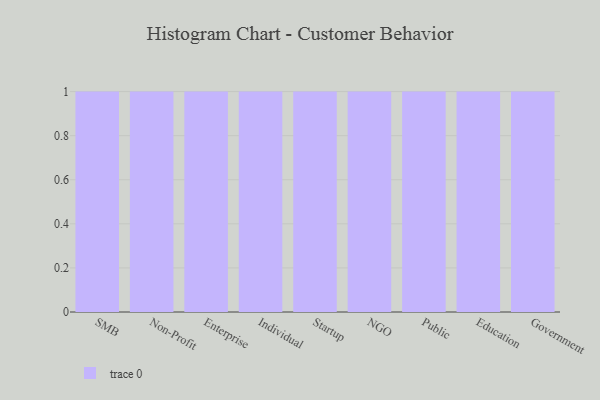
{"axis": {"x": "Segment", "y": "Budget (USD K)"}, "legend": [""], "data": [{"x": "SMB", "y": 12, "type": ""}, {"x": "Non-Profit", "y": 94, "type": ""}, {"x": "Enterprise", "y": 53, "type": ""}, {"x": "Individual", "y": 89, "type": ""}, {"x": "Startup", "y": 97, "type": ""}, {"x": "NGO", "y": 10, "type": ""}, {"x": "Public", "y": 57, "type": ""}, {"x": "Education", "y": 66, "type": ""}, {"x": "Government", "y": 19, "type": ""}]}